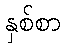
နှစ်စာ